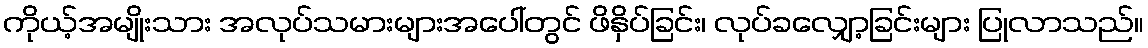
ကိုယ့်အမျိုးသား အလုပ်သမားများအပေါ်တွင် ဖိနှိပ်ခြင်း၊ လုပ်ခလျှော့ခြင်းများ ပြုလာသည်။